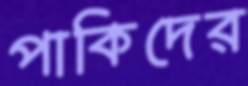
পাকিদের